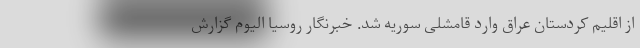
از اقلیم کردستان عراق وارد قامشلی سوریه شد. خبرنگار روسیا الیوم گزارش